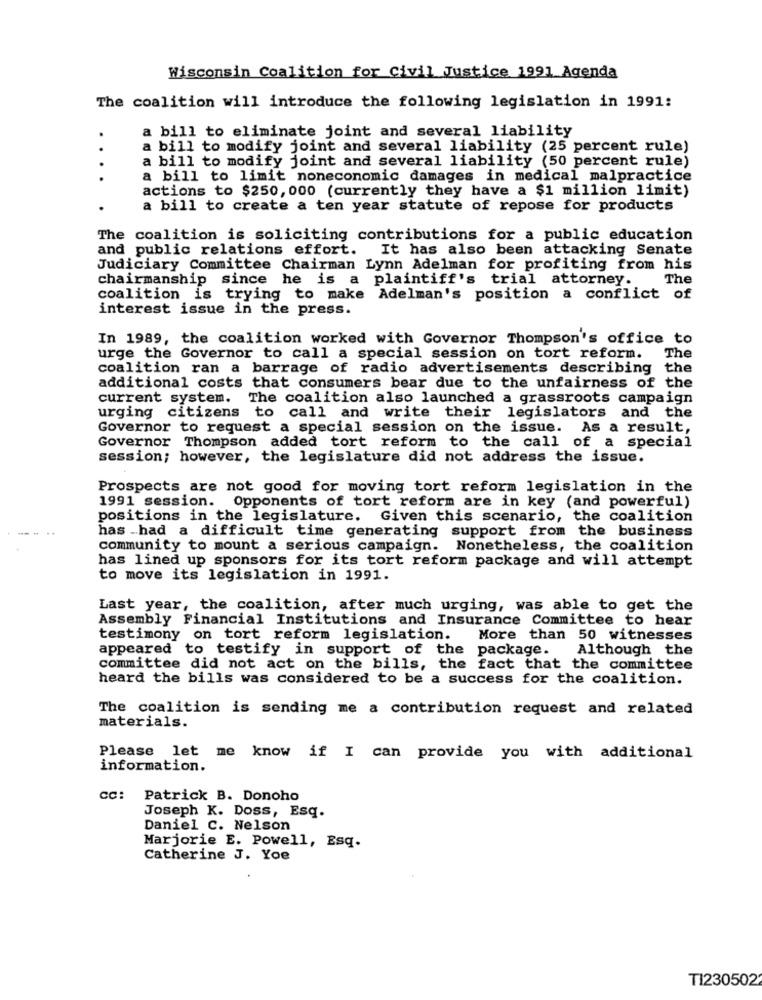
Wisconsin Coalition for Civil Justice 1991 Agenda
The coalition will introduce the following legislation in 1991:
a bill to eliminate joint and several liability
..
a bill to modify joint and several liability (25 percent rule)
a bill to modify joint and several liability (50 percent rule)
. .
a bill to limit noneconomic damages in medical malpractice
actions to $250, 000 (currently they have a $1 million limit)
a bill to create a ten year statute of repose for products
The coalition is soliciting contributions for a public education
and public relations effort. It has also been attacking Senate
Judiciary Committee Chairman Lynn Adelman for profiting from his
chairmanship since he is a plaintiff's trial attorney.
The
coalition is trying to make Adelman's position a conflict of
interest issue in the press.
In 1989, the coalition worked with Governor Thompson's office to
urge the Governor to call a special session on tort reform. The
coalition ran a barrage of radio advertisements describing the
additional costs that consumers bear due to the unfairness of the
current system.
The coalition also launched a grassroots campaign
urging citizens to call and write their legislators and the
Governor to request a special session on the issue. As a result,
Governor Thompson added tort reform to the call of a special
session; however, the legislature did not address the issue.
Prospects are not good for moving tort reform legislation in the
1991 session. Opponents of tort reform are in key (and powerful)
positions in the legislature. Given this scenario, the coalition
has had a difficult time generating support from the business
community to mount a serious campaign. Nonetheless, the coalition
has lined up sponsors for its tort reform package and will attempt
to move its legislation in 1991.
Last year, the coalition, after much urging, was able to get the
Assembly Financial Institutions and Insurance Committee to hear
testimony on tort reform legislation.
More than 50 witnesses
appeared to testify in support of the package. Although the
committee did not act on the bills, the fact that the committee
heard the bills was considered to be a success for the coalition.
The coalition is sending me a contribution request and related
materials.
Please let me know if I can provide you with additional
information.
CC:
Patrick B. Donoho
Joseph K. Doss, Esq.
Daniel C. Nelson
Marjorie E. Powell, Esq.
Catherine J. Yoe
T1230502